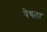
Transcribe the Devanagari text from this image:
येथला